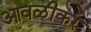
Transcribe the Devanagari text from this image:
आवळीकर